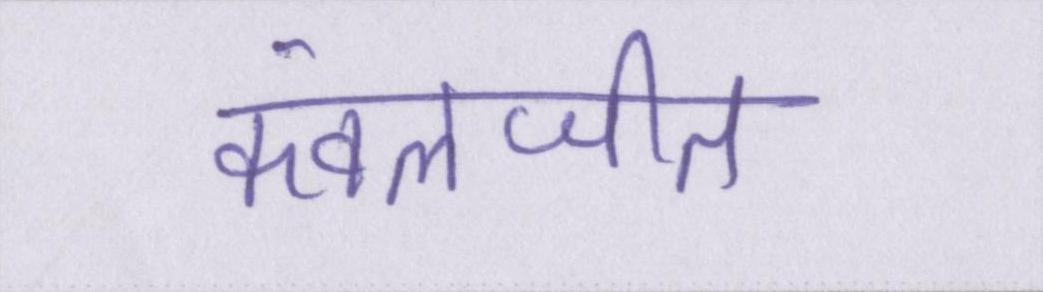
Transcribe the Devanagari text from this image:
कंवलजीत